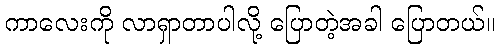
ကာလေးကို လာရှာတာပါလို့ ပြောတဲ့အခါ ပြောတယ်။